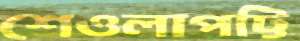
শেওলাপট্টি